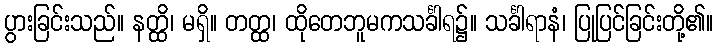
ပွားခြင်းသည်။ နတ္ထိ၊ မရှိ။ တတ္ထ၊ ထိုတေဘူမကသင်္ခါရ၌။ သင်္ခါရာနံ၊ ပြုပြင်ခြင်းတို့၏။